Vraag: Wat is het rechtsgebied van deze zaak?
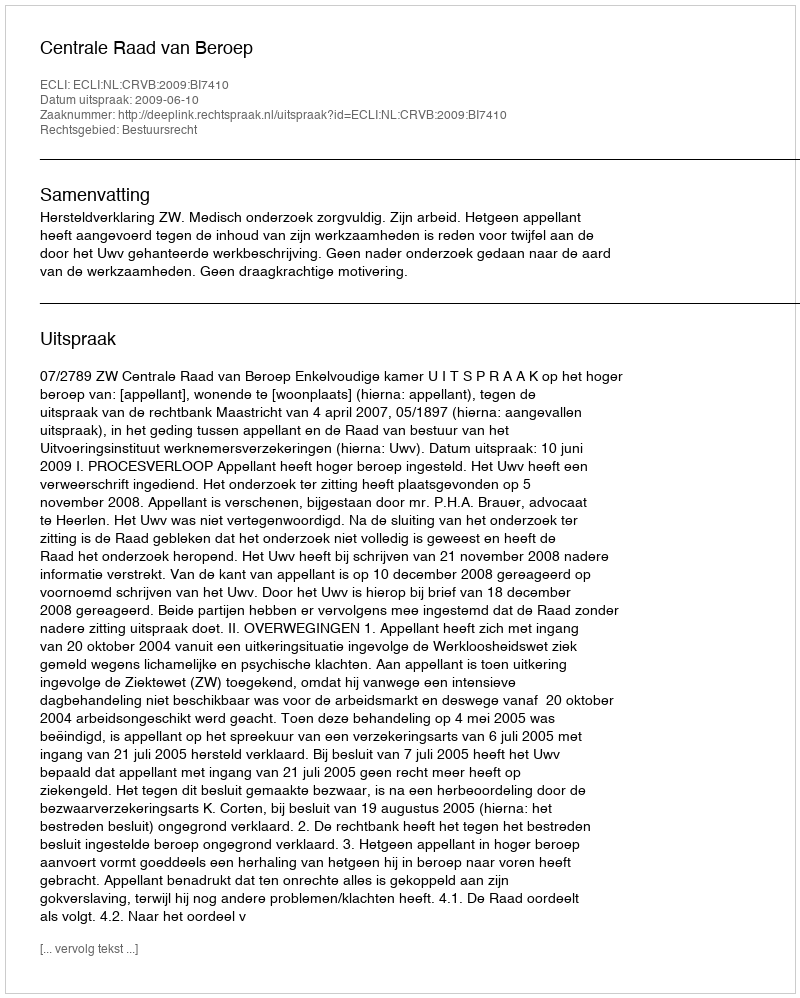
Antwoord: Bestuursrecht